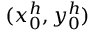
( x _ { 0 } ^ { h } , y _ { 0 } ^ { h } )